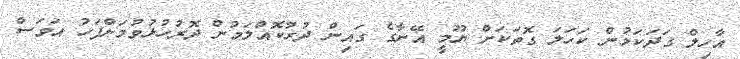
އާހިލް ގަދަކަމުން ކަހަލަ ގޮތަކަށް ޔޫމީ އޭނާގެ ގައިން ދުރުކޮއްލަމުން ދޮރުހުޅުވުމަށްފަހު އަވަސް